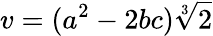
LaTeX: v=(a^{2}-2bc)\sqrt[3]{2}